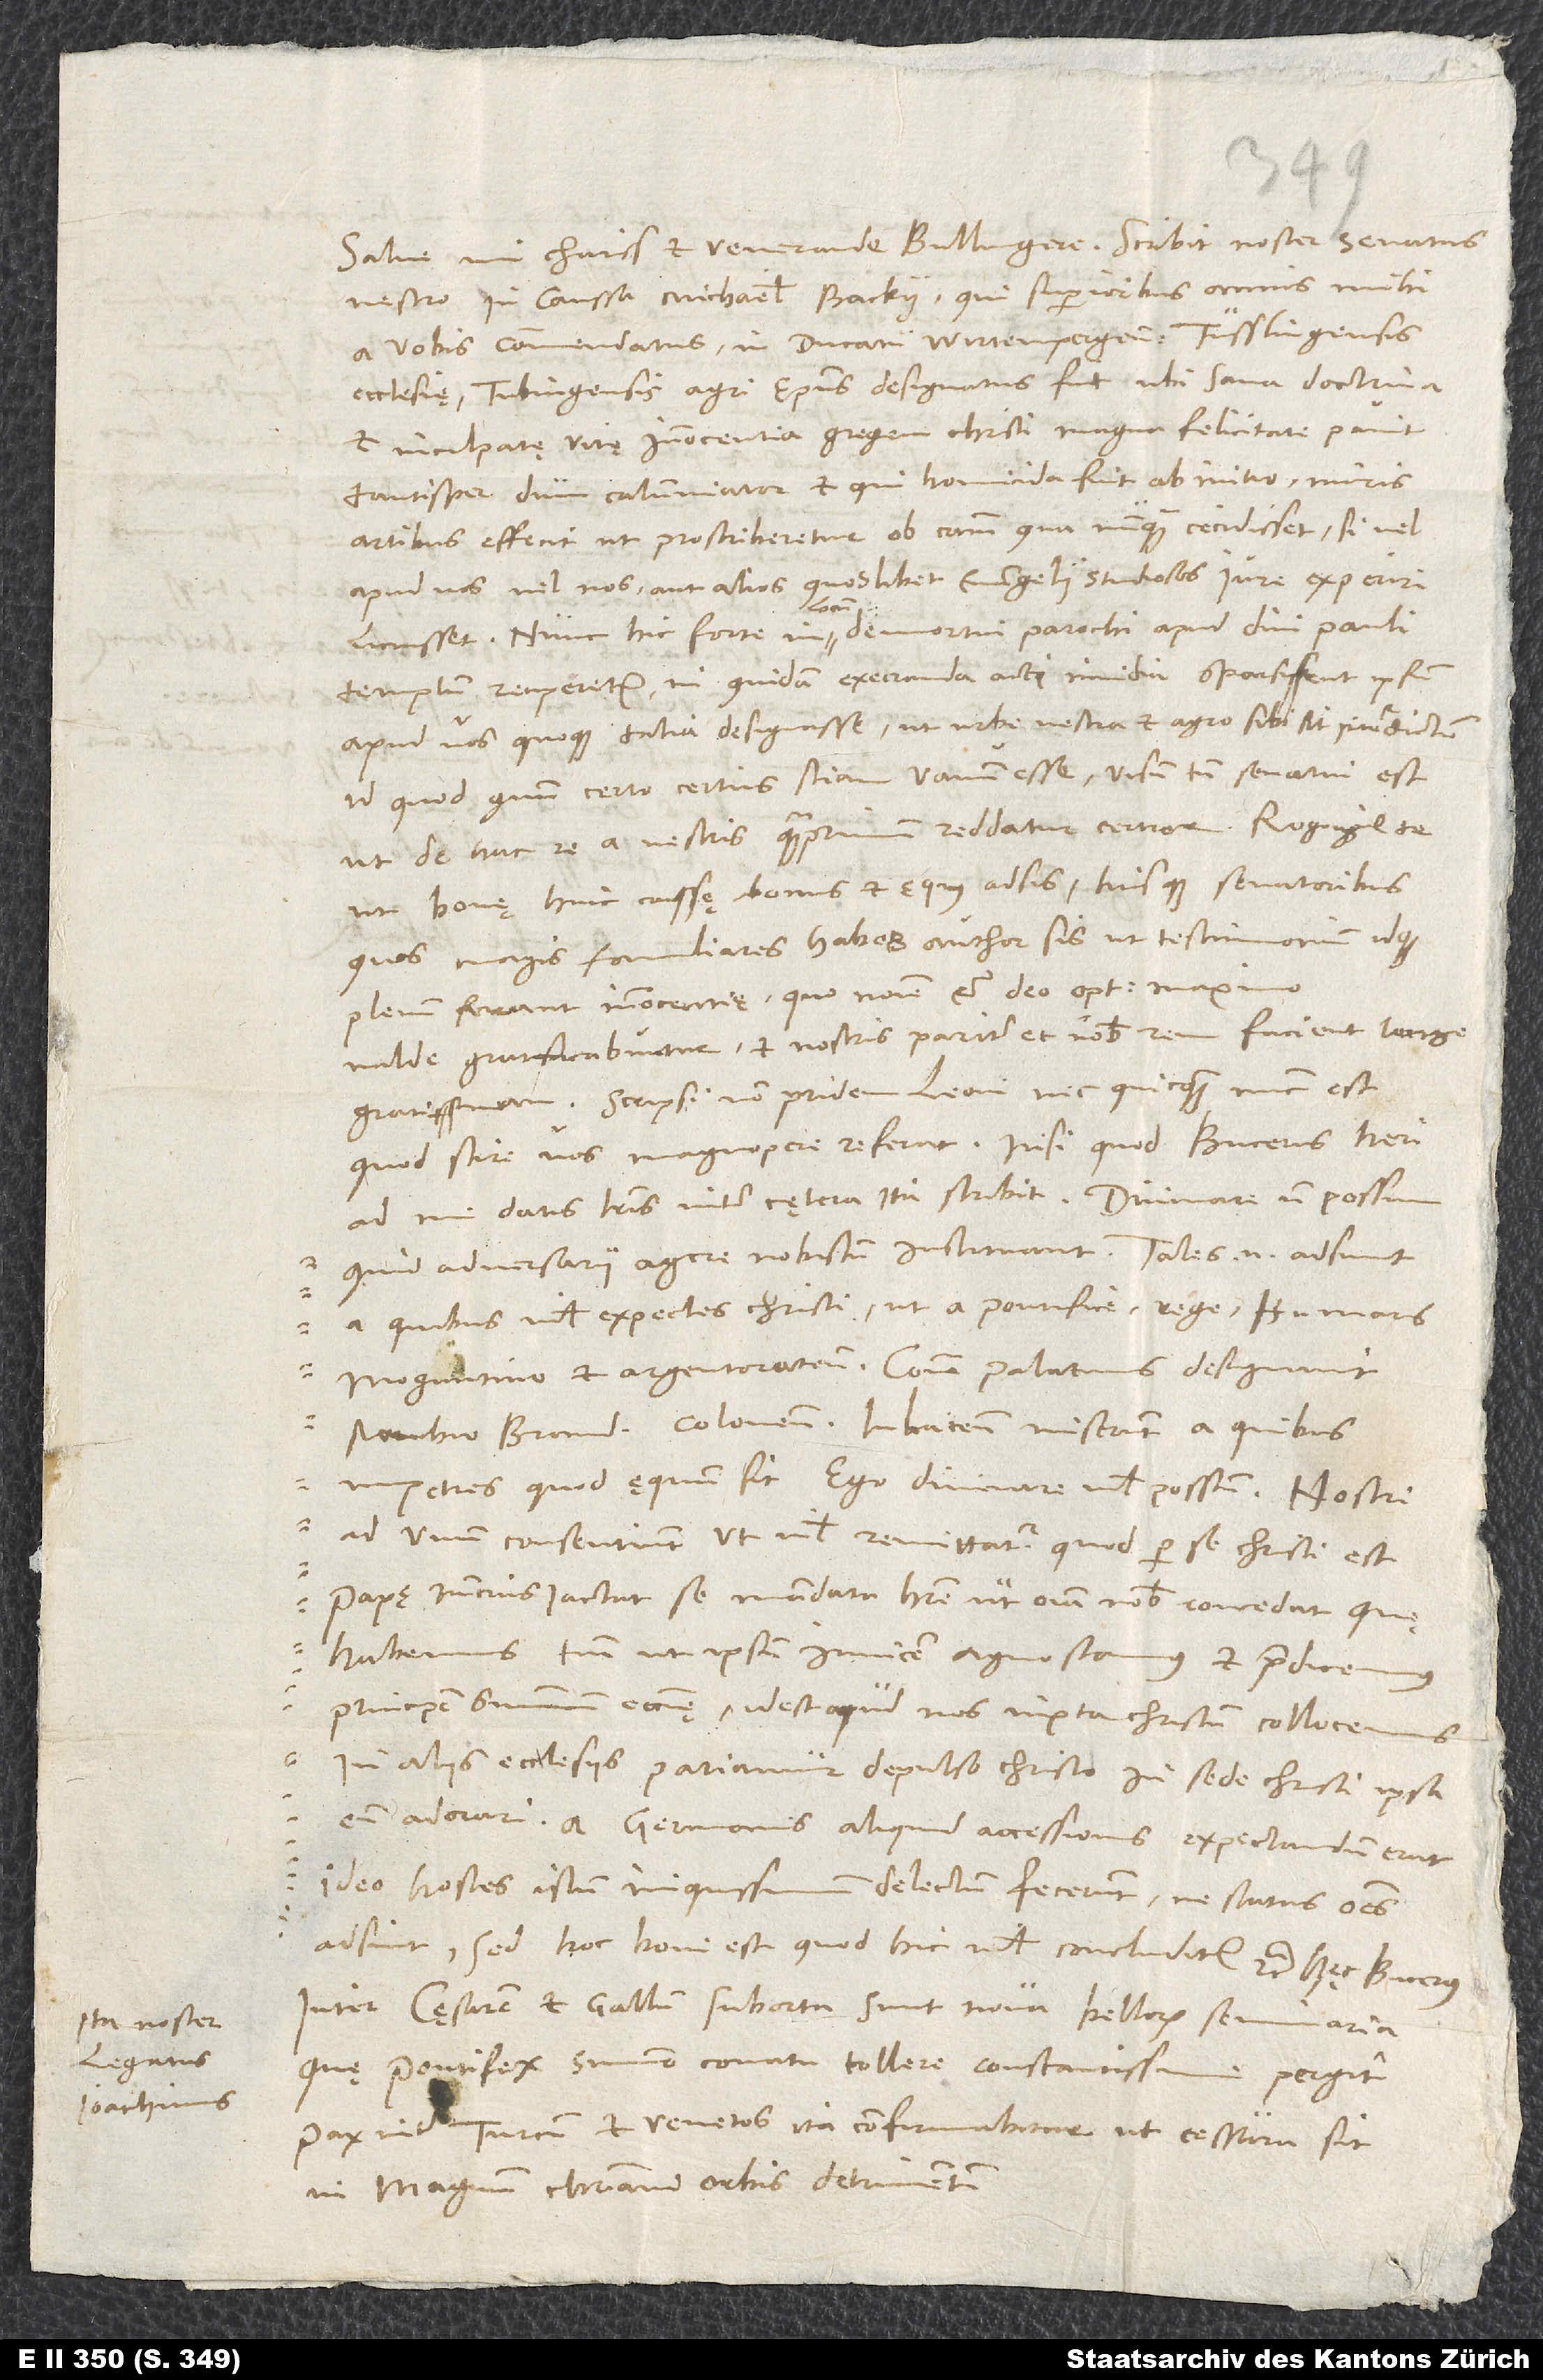
Ita noster
legatus
Ioachimus.

1540.
vestro in caussa Michaelis Backii, qui superioribus annis mihi
a vobis commendatus in ducatu Wirtempergensi Tusslingensis
ecclesię Tubingensis agri episcopus designatus fuit, ubi sana doctrina
et inculpatę vitę innocentia gregem Christi magna felicitate pavit
tantisper, dum calumniator et, qui homicida fuit ab initio, miris
artibus effecit, ut proscriberetur ob causam, qua nunquam cecidisset, si vel
apud vos vel nos aut alios quoslibet evangelii studiosos iure experiri
licuisset. Nunc hic forte in locum demortui parochi apud divi Pauli
templum reciperetur, ni quidam execranda acti invidia sparsissent ipsum
apud vos quoque talia designasse, ut urbe vestra et agro sibi sit interdictum.
Id quod quum certo certius sciam vanum esse, visum tamen senatui est,
ut de hac re a vestris quamprimum reddatur certior. Rogo igitur te,
ut bonę huic caussę bonus et ęquus adsis tuisque senatoribus,
quos magis familiares habes, author sis, ut testimonium idque
plenum ferant innocentię, quo nomine et deo optimo maximo
valde gratificabuntur et nostris pariter et nobis rem facient longe
Scripsi non pridem Leoni, nec quicquam nunc est,
quod scire vos mareferat, nisi quod Bucerus heri
ad me datis literis inter cętera ita scribit: „Divinare non possum,
a quibus nihil expectes Christi, ut a pontifice, rege, Bavaris,
Moguntino et Argentoratensi. Contra Palatinus designavit,
marchio Brandenburgensis, Coloniensis, Iuliacensis miserunt, a quibus
impetres, quod ęquum sit. Ego divinare nihil possum. Nostri
ad unum consentiunt, ut nihil remittatur, quod per se Christi est.
Papę nuncius iactat se mandata habere, ut omnia nobis concedat, quę
habemus, tantum ut ipsum invicem agnoscamus et praedicemus
principem summum ecclesię, id est apud nos iuxta Christum collocemus,
in aliis ecclesiis patiamur depulso Christo in sede Christi ipsa
eum adorari. A Germanis aliquid accessionis expectandum erat,
ideo hostes istum iniquissimum delectum fecerunt, ne status omnes
adsint; sed hoc boni est, quod hic nihil concluditur“ etc. Hęc Bucerus.
Inter cęsarem et Gallum suborta sunt nova bellorum seminaria,
quę pontifex summo conatu tollere constantissime pergit.
Pax inter Turcam et Venetos ita confirmabitur, ut cessura sit
in magnum christiani orbis detrimentum.